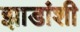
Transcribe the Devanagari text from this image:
झाडांशी